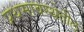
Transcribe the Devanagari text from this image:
प्रथमावस्थेतील